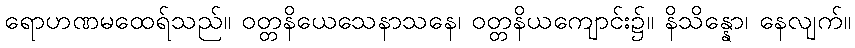
ရောဟဏမထေရ်သည်။ ဝတ္တနိယေသေနာသနေ၊ ဝတ္တနိယကျောင်း၌။ နိသိန္နော၊ နေလျက်။